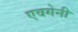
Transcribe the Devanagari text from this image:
एवगेनी